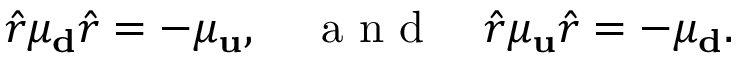
\hat { r } \mu _ { \bf d } \hat { r } = - \mu _ { \bf u } , \quad \mathrm { ~ a ~ n ~ d ~ } \quad \hat { r } \mu _ { \bf u } \hat { r } = - \mu _ { \bf d } .